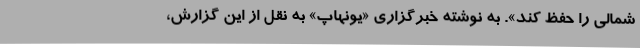
شمالی را حفظ کند». به نوشته خبرگزاری «یونهاپ» به نقل از این گزارش،